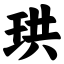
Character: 珙